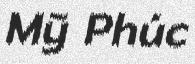
Mỹ Phúc